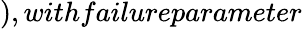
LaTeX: ),withfailureparameter